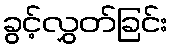
ခွင့်လွှတ်ခြင်း